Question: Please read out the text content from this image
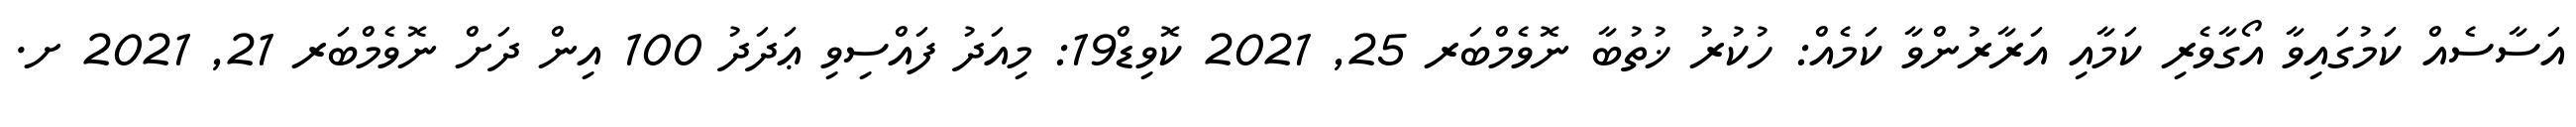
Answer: އަސާސެއް ކަމުގައިވާ އޯގާވެރި ކަމާއި އަރާރުންވާ ކަމެއް: ހުކުރު ޚުތުބާ ނޮވެމްބަރ 25, 2021 ކޮވިޑް19: މިއަދު ފައްސިވި ޢަދަދު 100 އިން ދަށް ނޮވެމްބަރ 21, 2021 ށ.